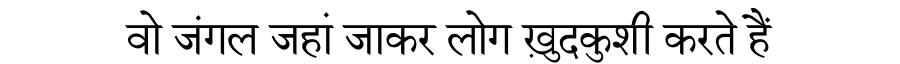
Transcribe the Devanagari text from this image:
वो जंगल जहां जाकर लोग ख़ुदकुशी करते हैं